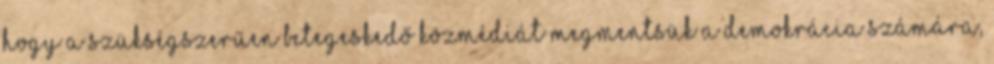
hogy a szükségszerűen betegeskedő közmédiát megmentsük a demokrácia számára,